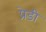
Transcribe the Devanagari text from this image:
प्रेडी